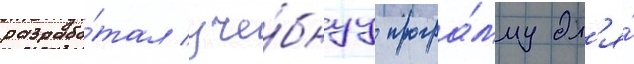
разрабо́тал уче́бнуу програ́мму дл'я́